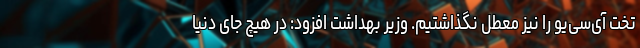
تخت آی‌سی‌یو را نیز معطل نگذاشتیم. وزیر بهداشت افزود: در هیچ جای دنیا